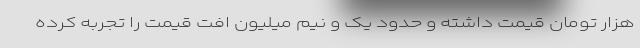
هزار تومان قیمت داشته و حدود یک و نیم میلیون افت قیمت را تجربه کرده